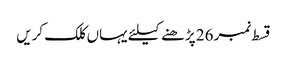
قسط نمبر 26 پڑھنے کیلئے یہاں کلک کریں